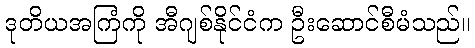
ဒုတိယအကြံကို အီဂျစ်နိုင်ငံက ဦးဆောင်စီမံသည်။